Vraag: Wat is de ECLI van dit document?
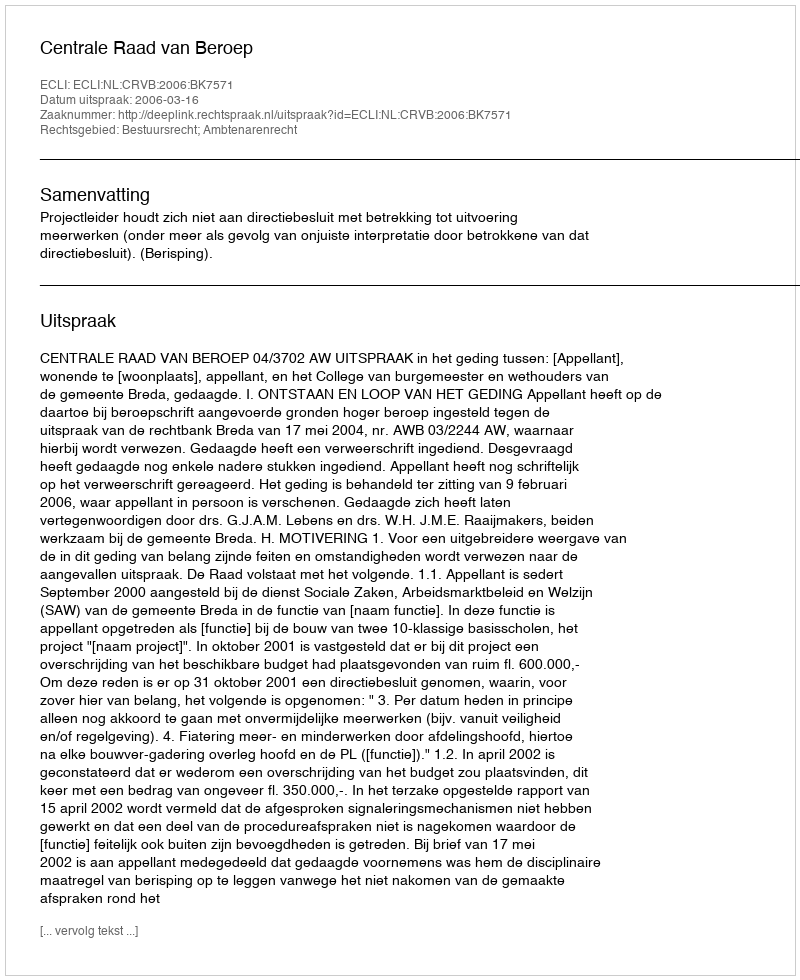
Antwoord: ECLI:NL:CRVB:2006:BK7571